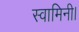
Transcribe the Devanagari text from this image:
स्वामिनी।